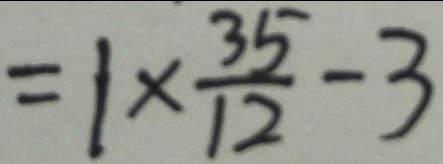
= 1 \times \frac { 3 5 } { 1 2 } - 3